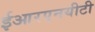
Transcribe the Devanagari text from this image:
ईआरएनयीटी